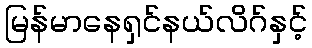
မြန်မာနေရှင်နယ်လိဂ်နှင့်